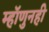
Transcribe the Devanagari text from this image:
म्हॉणुनही